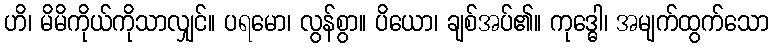
ဟိ၊ မိမိကိုယ်ကိုသာလျှင်။ ပရမော၊ လွန်စွာ။ ပိယော၊ ချစ်အပ်၏။ ကုဒ္ဓေါ၊ အမျက်ထွက်သော